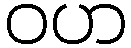
ဝဟ